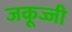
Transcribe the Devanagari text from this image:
जकूज्जी